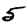
Digit: 5